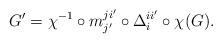
LaTeX: \begin{align*} G'=\chi^{-1}\circ m_{j'}^{ji'}\circ \Delta_i^{ii'}\circ \chi(G). \end{align*}